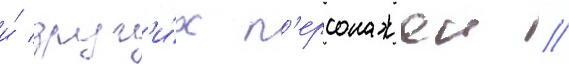
и́ друг'и́х п'ерсонажеи //